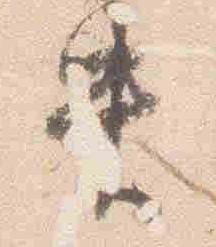
失